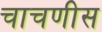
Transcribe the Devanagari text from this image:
चाचणीस